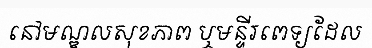
នៅមណ្ឌលសុខភាព ឬមន្ទីរពេទ្យដែល